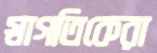
স্বাগতিকেরা